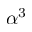
\alpha ^ { 3 }